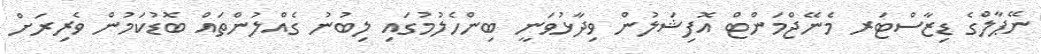
ނޭޕާލްގެ ޑިޒާސްޓަރ މެނޭޖްމަންޓް އޮފިޝަލުން ވިދާޅުވަނީ ބިންހެލުމުގައި ލިބުނު ގެއްލުންތައް ބޮޑުކަމުން ވެރިރަށް